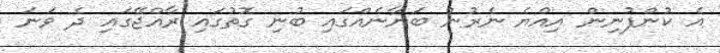
އެ ކުންފުނިން އިއްޔެ ނެރުނު ބަޔާނެއްގައި ބުނި ގޮތުގައި ރާއްޖޭގައި ދެ ވަނަ